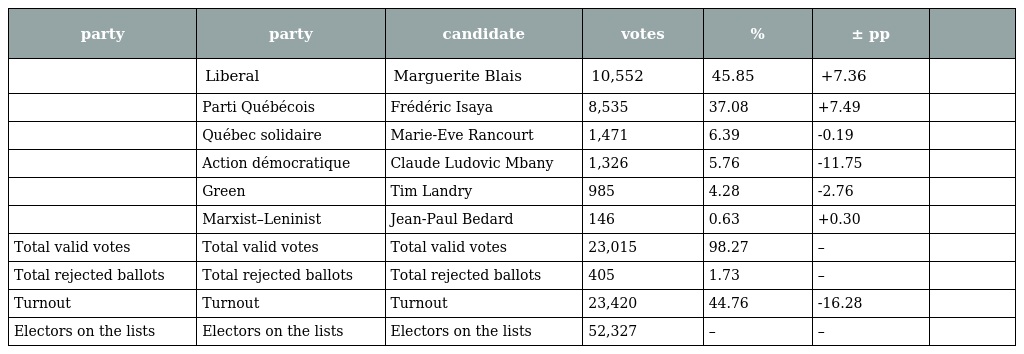
| party | party | candidate | votes | % | ± pp |  |
 | --- | --- | --- | --- | --- | --- | --- |
 |  | Liberal | Marguerite Blais | 10,552 | 45.85 | +7.36 |  |
 |  | Parti Québécois | Frédéric Isaya | 8,535 | 37.08 | +7.49 |  |
 |  | Québec solidaire | Marie-Eve Rancourt | 1,471 | 6.39 | -0.19 |  |
 |  | Action démocratique | Claude Ludovic Mbany | 1,326 | 5.76 | -11.75 |  |
 |  | Green | Tim Landry | 985 | 4.28 | -2.76 |  |
 |  | Marxist–Leninist | Jean-Paul Bedard | 146 | 0.63 | +0.30 |  |
 | Total valid votes | Total valid votes | Total valid votes | 23,015 | 98.27 | – |  |
 | Total rejected ballots | Total rejected ballots | Total rejected ballots | 405 | 1.73 | – |  |
 | Turnout | Turnout | Turnout | 23,420 | 44.76 | -16.28 |  |
 | Electors on the lists | Electors on the lists | Electors on the lists | 52,327 | – | – |  |